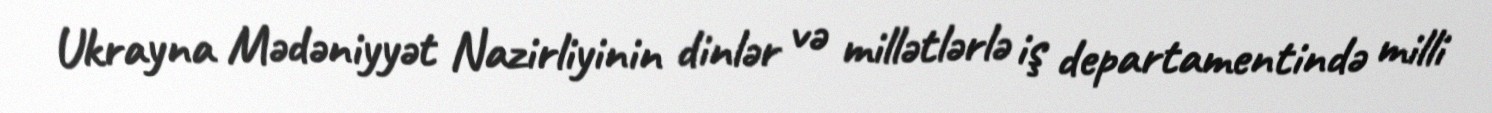
Ukrayna Mədəniyyət Nazirliyinin dinlər və millətlərlə iş departamentində milli